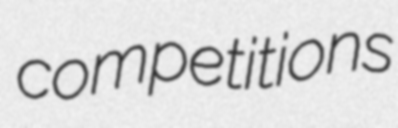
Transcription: competitions